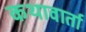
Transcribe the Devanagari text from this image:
कथावार्ता